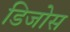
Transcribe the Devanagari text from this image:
डिजोस